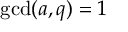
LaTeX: \operatorname* { g c d } ( a , q ) = 1